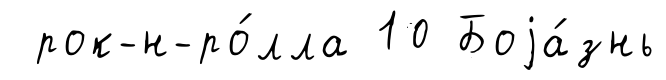
рок-н-ро́лла 10 Боjа́знь